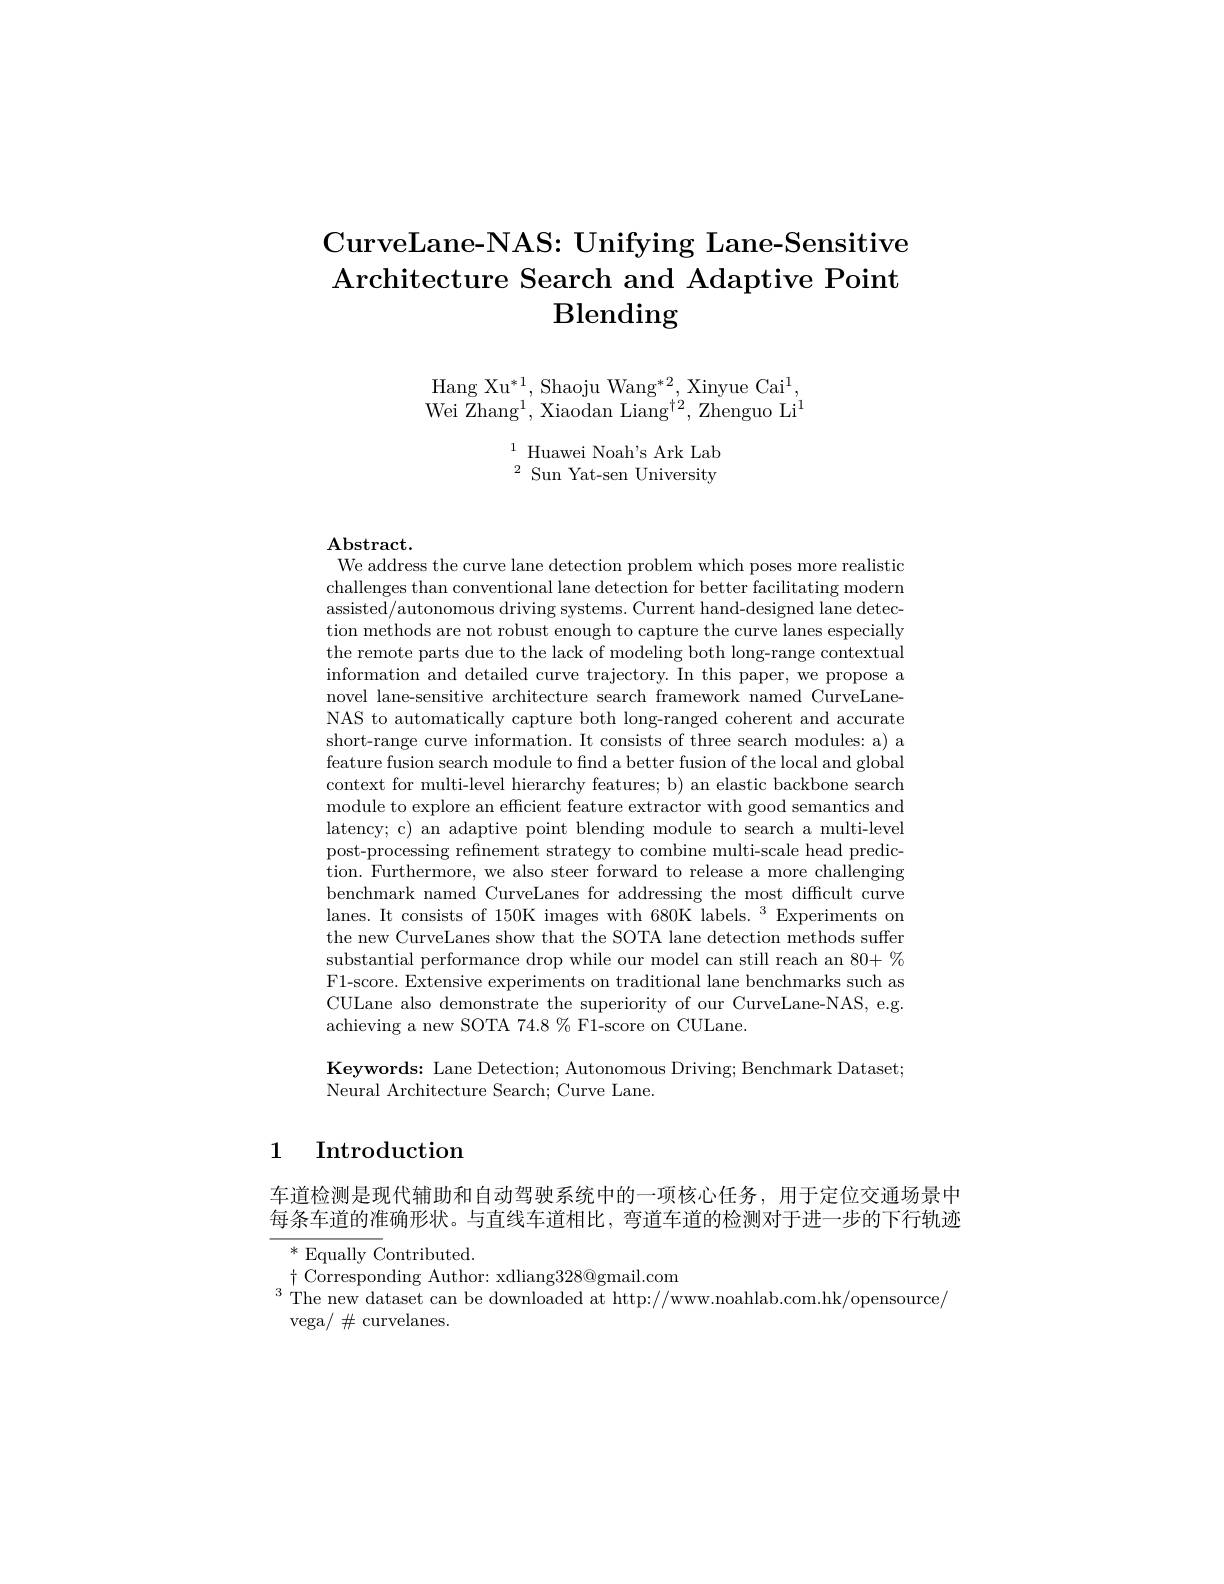
# CurveLane-NAS: Unifying Lane-Sensitive Architecture Search and Adaptive Point $\operatorname{Blending}$

Hang X$u^{* }$, Shaoju Wan$g^{* }$, Xinyue Ca$i^{1}$. Wei Zhang$^1$,Xiaodan Liang$^{\dagger2}$,Zhenguo Li$^{\mathrm{I}}$

$\begin{array}{ll}^1&\text{Huawei Noah's Ark Lab}\\^2&\text{Sun Yat-sen University}\end{array}$

${\mathbf{Abstract}}.$

We address the curve lane detection problem which poses more realistic challenges than conventional lane detection for better facilitating modern assisted/autonomous driving systems. Current hand-designed lane detection methods are not robust enough to capture the curve lanes especially the remote parts due to the lack of modeling both long-range contextual information and detailed curve trajectory. In this paper, we propose a novel lane-sensitive architecture search framework named CurveLaneNAS to automatically capture both long-ranged coherent and accurate short-range curve information. It consists of three search modules: a) a feature fusion search module to find a better fusion of the local and global context for multi-level hierarchy features; b) an elastic backbone search module to explore an efficient feature extractor with good semantics and latency; c) an adaptive point blending module to search a multi-level post-processing refinement strategy to combine multi-scale head prediction. Furthermore, we also steer forward to release a more challenging benchmark named CurveLanes for addressing the most difficult curve lanes. It consists of 150K images with 680K labels. $^3$Experiments on the new CurveLanes show that the SOTA lane detection methods suffer substantial performance drop while our model can still reach an $80+\%$ F1-score. Extensive experiments on traditional lane benchmarks such as CULane also demonstrate the superiority of our CurveLane-NAS, e.g. achieving a new SOTA 74.8 % F1-score on CULane.

Keywords: Lane Detection; Autonomous Driving; Benchmark Dataset
Neural Architecture Search; Curve Lane.

1 Introduction

车道检测是现代辅助和自动驾驶系统中的一项核心任务，用于定位交通场景中每条车道的准确形状。与直线车道相比，弯道车道的检测对于进一步的下行轨迹

$^*$ Equally Contributed.
$\dagger$ Corresponding Author: xdliang328@gmail.com
$^{3}$ The new dataset can be downloaded at http://www.noahlab.com.hk/opensource/
vega/ $\#$ curvelanes.